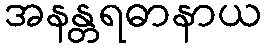
အနန္တရဓာနာယ